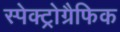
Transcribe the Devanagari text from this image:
स्पेक्ट्रोग्रैफिक